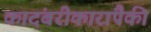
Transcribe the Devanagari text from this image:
कादंबरीकारांपैकी